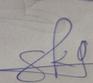
Signature authenticity: genuine